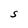
Character: S